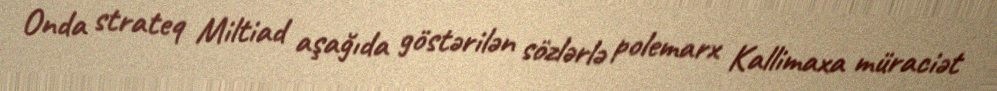
Onda strateq Miltiad aşağıda göstərilən sözlərlə polemarx Kallimaxa müraciət